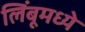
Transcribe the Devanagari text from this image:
लिंबूमध्ये